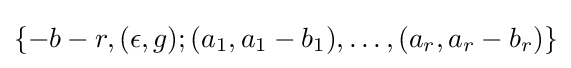
\{-b-r,(\epsilon ,g);(a_{1},a_{1}-b_{1}),\ldots ,(a_{r},a_{r}-b_{r})\}